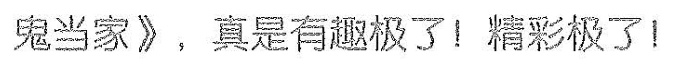
鬼当家》,真是有趣极了!精彩极了!